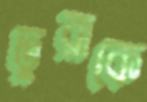
তুরাকে